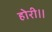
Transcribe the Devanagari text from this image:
होरी॥